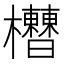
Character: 𣡘